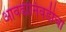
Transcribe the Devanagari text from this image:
आवडीनिवडीचा